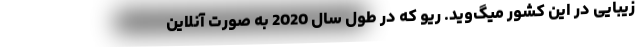
زیبایی در این کشور میگ‌وید. ریو که در طول سال 2020 به صورت آنلاین